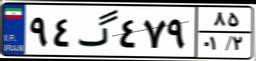
۹۴گ۴۷۹۸۵